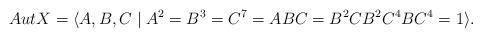
\begin{align*}AutX=\langle A,B,C\mid A^2=B^3=C^7=ABC=B^2CB^2C^4BC^4=1\rangle.\end{align*}